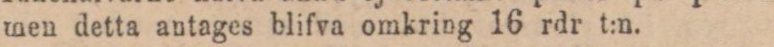
men detta antages blifva omkring 16 rdr t:n.